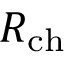
R _ { \mathrm { c h } }